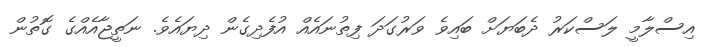
އިސްލާމީ ލަސްކަރު ދެބަޔަށް ބައިވެ ވަރުގަދަ ފިތުނައެއް އުފެދިގެން ދިޔައެވެ. ނަތީޖާއެއްގެ ގޮތުން